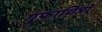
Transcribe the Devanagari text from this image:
गुफाचित्रों